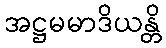
အဋ္ဌမမာဒိယန္တိ